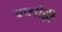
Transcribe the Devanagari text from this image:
बाओड़ी